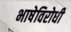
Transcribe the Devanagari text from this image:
भाषेविरोधी